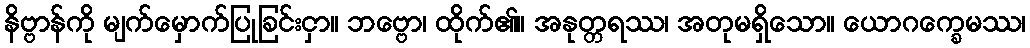
နိဗ္ဗာန်ကို မျက်မှောက်ပြုခြင်းငှာ။ ဘဗ္ဗော၊ ထိုက်၏။ အနုတ္တရဿ၊ အတုမရှိသော။ ယောဂက္ခေမဿ၊